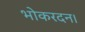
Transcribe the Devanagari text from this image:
भोकरदन।